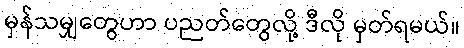
မှန်သမျှတွေဟာ ပညတ်တွေလို့ ဒီလို မှတ်ရမယ်။